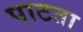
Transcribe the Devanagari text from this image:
पाटता